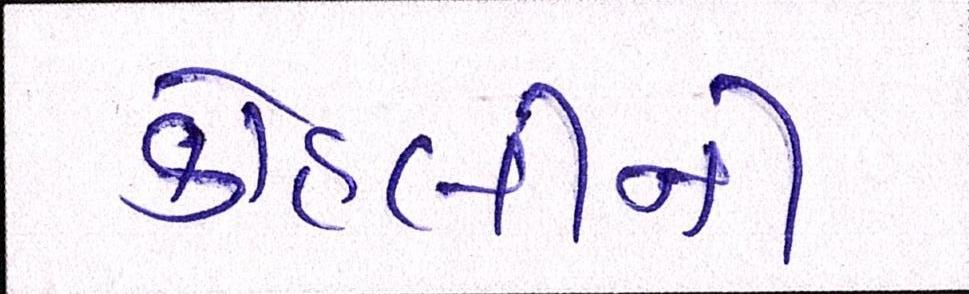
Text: કોહલીની